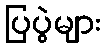
ပြပွဲများ